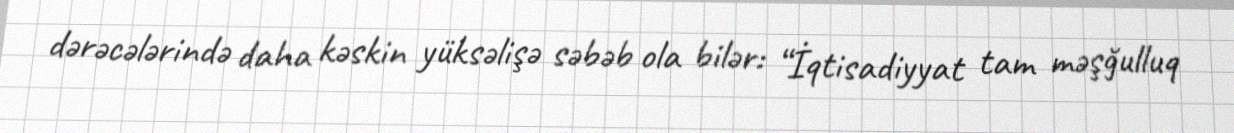
dərəcələrində daha kəskin yüksəlişə səbəb ola bilər: “İqtisadiyyat tam məşğulluq